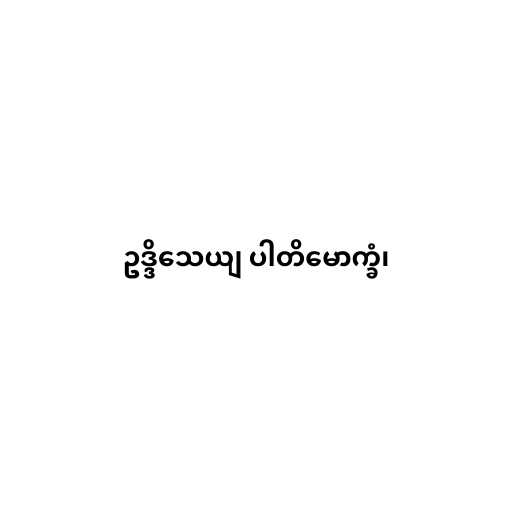
ဥဒ္ဒိသေယျ ပါတိမောက္ခံ၊